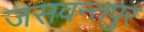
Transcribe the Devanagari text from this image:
जसवन्तपुर